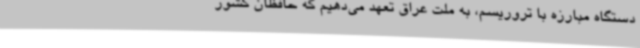
دستگاه مبارزه با تروریسم، به ملت عراق تعهد می‌دهیم که حافظان کشور